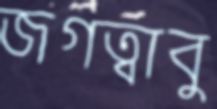
জগত্বাবু